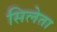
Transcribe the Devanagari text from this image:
सिलेता